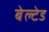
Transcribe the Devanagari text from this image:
बेल्टेड